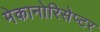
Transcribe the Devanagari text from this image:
मेकानोरिसेप्टर